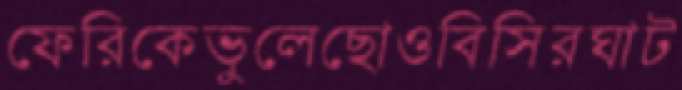
ফেরিকেভুলেছোওবিসিরঘাট